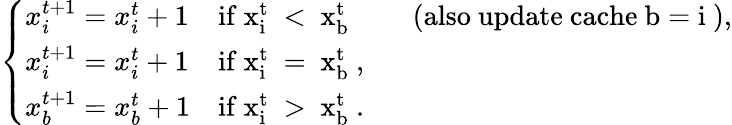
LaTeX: \left\{ \begin{array}{ll}{x_{i}^{t+1}=x_{i}^{t}+1}&{\mathrm{if~x_{i}^{t}~<~x_{b}^{t}~}\qquad\mathrm{(also~update~cache~b=i~)},}\\ {x_{i}^{t+1}=x_{i}^{t}+1}&{\mathrm{if~x_{i}^{t}~=~x_{b}^{t}~},}\\ {x_{b}^{t+1}=x_{b}^{t}+1}&{\mathrm{if~x_{i}^{t}~>~x_{b}^{t}~}.}\end{array}\right.